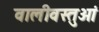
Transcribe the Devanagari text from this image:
वालीवस्तुओं